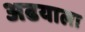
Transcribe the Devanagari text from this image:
अढयाला